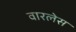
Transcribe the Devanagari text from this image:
वारलेस